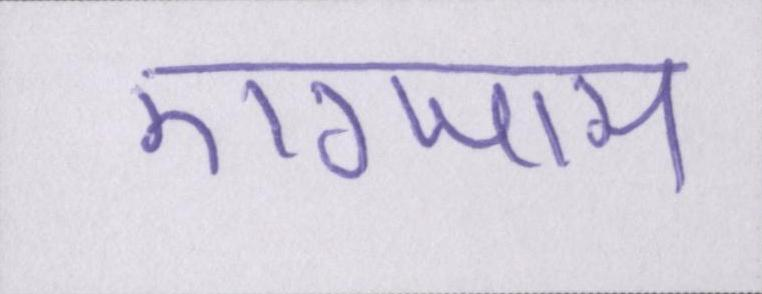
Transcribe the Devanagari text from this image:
एग्जाम